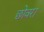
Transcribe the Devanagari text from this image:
छोवरा